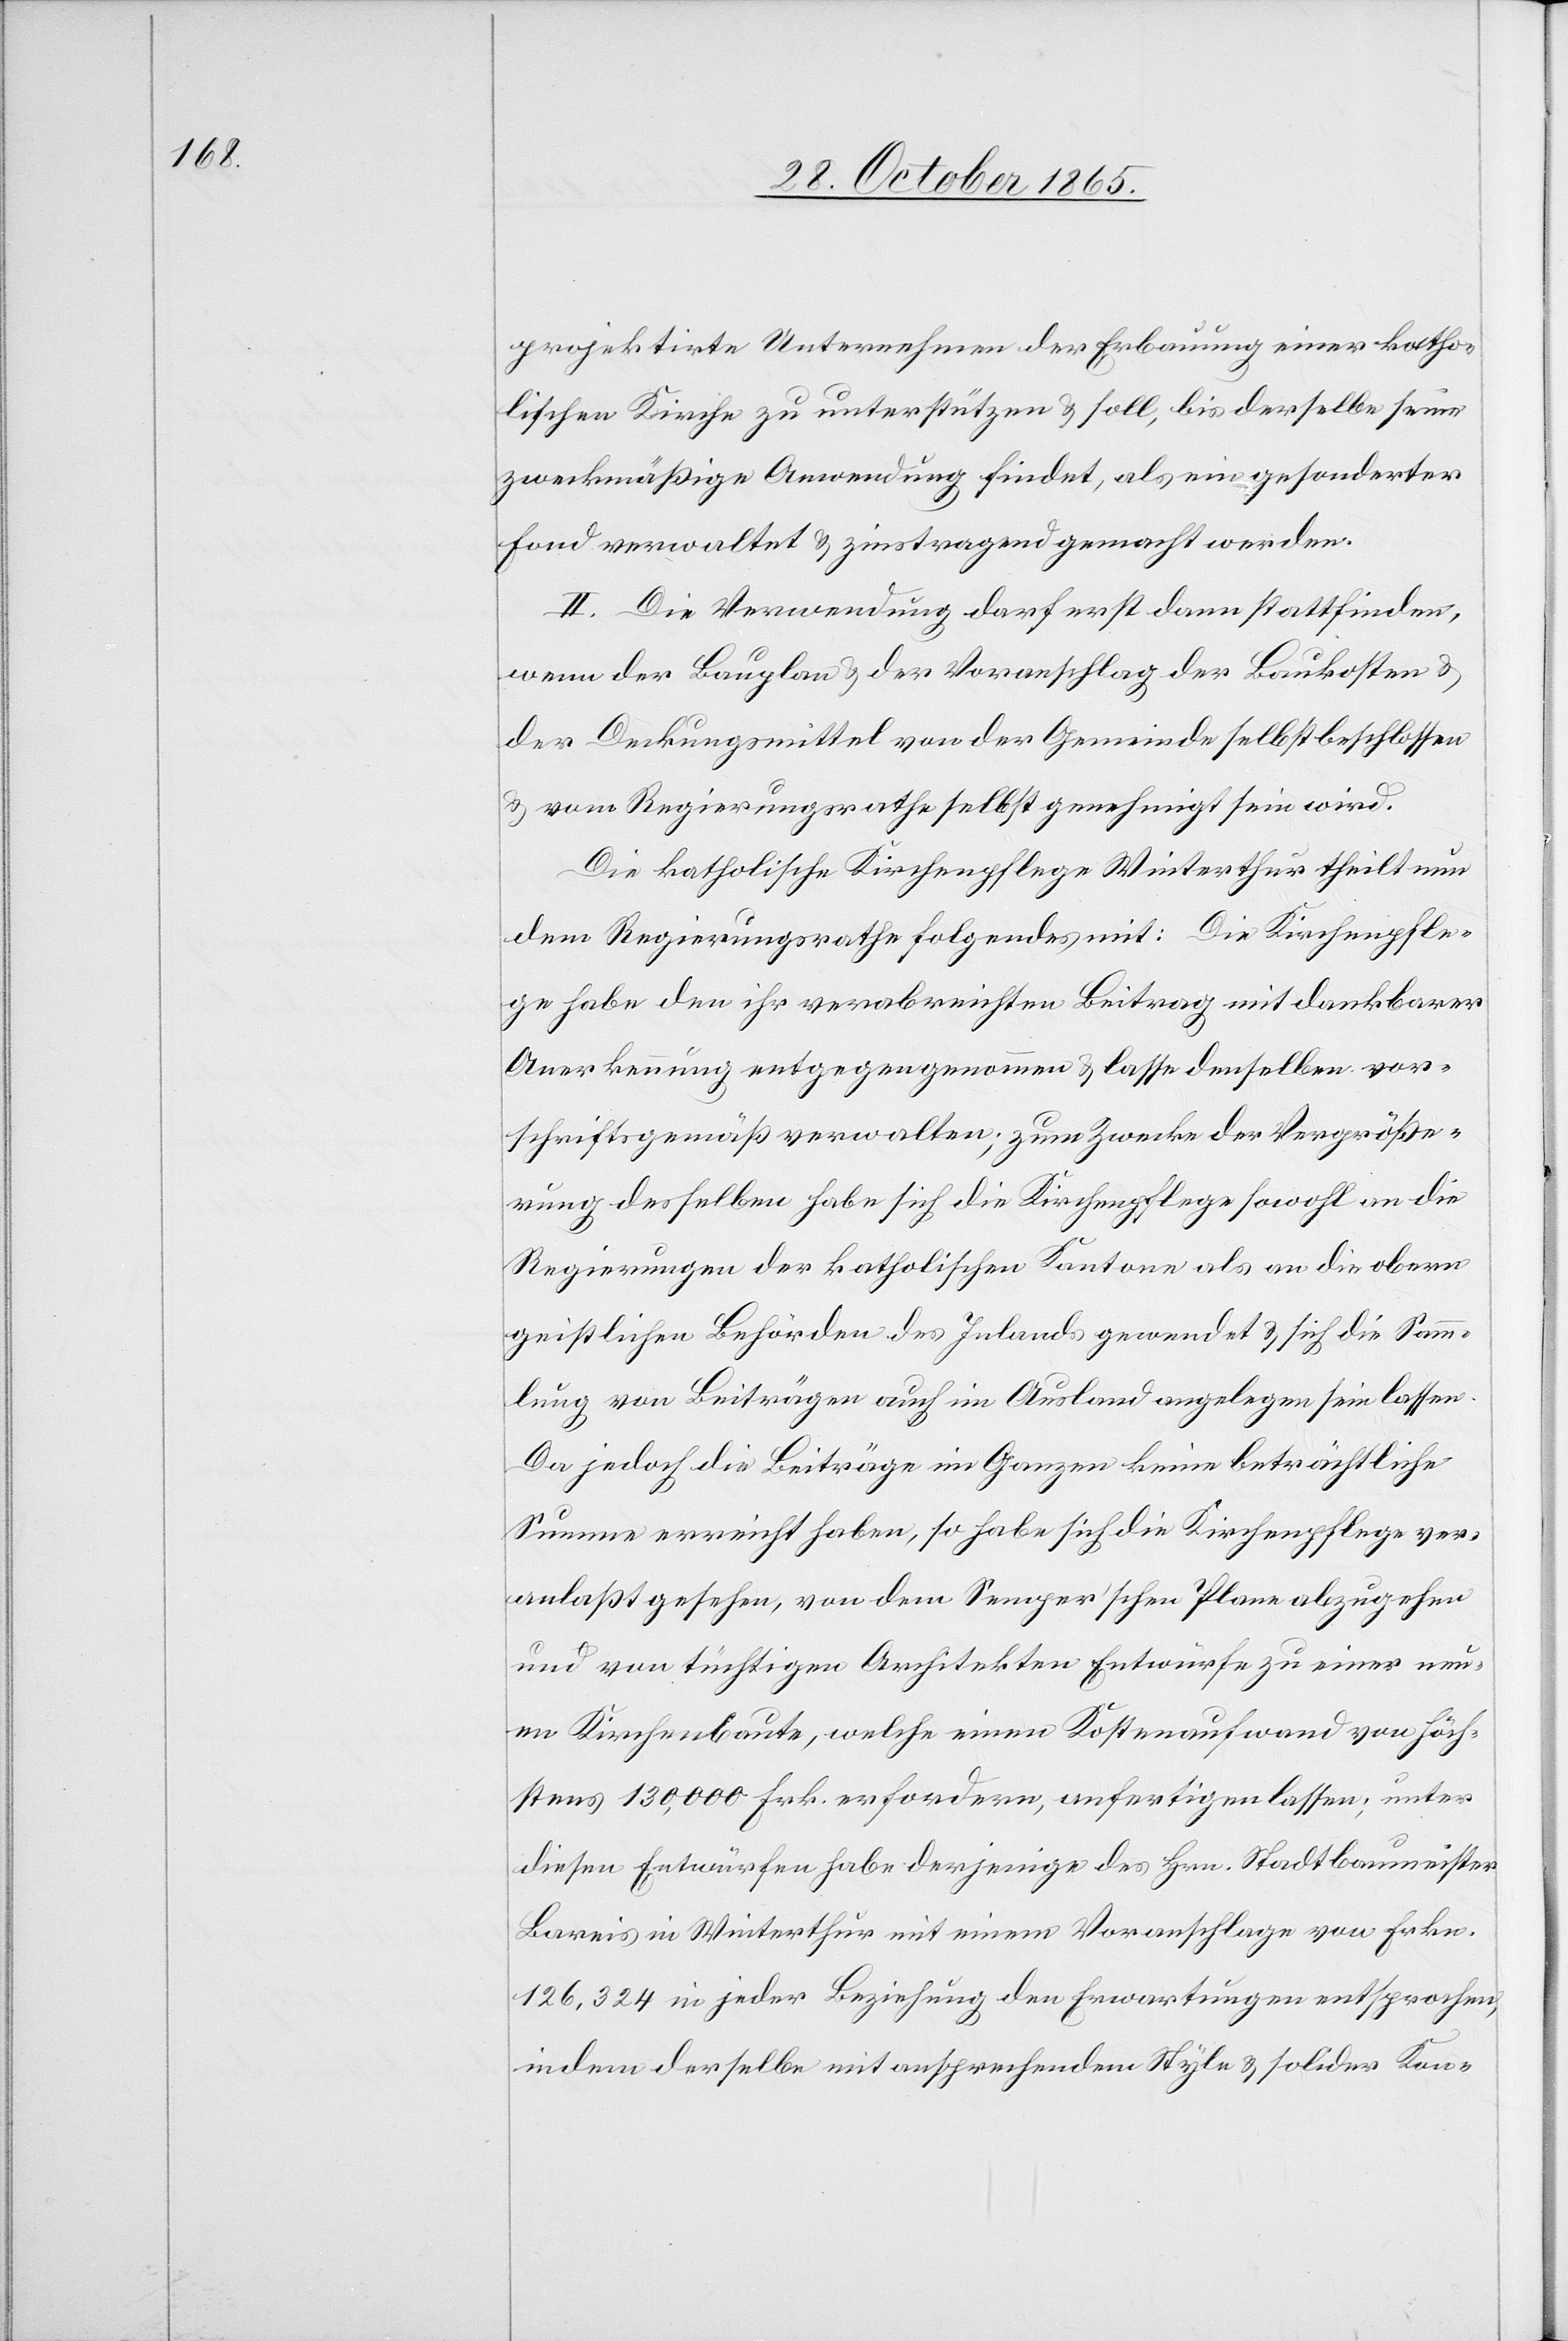
projektirte Unternehmen der Erbauung einer katho¬
lischen Kirche zu unterstützen & soll, bis derselbe seine
zweckmäßige Anwendung findet, als ein gesonderter
Fond verwaltet & zinstragend gemacht werden.
II. Die Verwendung darf erst dann stattfinden,
wenn der Bauplan & der Voranschlag der Baukosten &
der Deckungsmittel von der Gemeinde selbst beschlossen
& vom Regierungsrathe selbst genehmigt sein wird.
Die katholische Kirchenpflege Winterthur theilt nun
dem Regierungsrathe Folgendes mit: Die Kirchenpfle¬
ge habe den ihr verabreichten Beitrag mit dankbarer
Anerkennung entgegengenommen & lasse denselben vor¬
schriftsgemäß verwalten; zum Zwecke der Vergröße¬
rung desselben habe sich die Kirchenpflege sowohl an die
Regierungen der katholischen Kantone als an die obern
geistlichen Behörden des Inlands gewendet & sich die Samm¬
lung von Beiträgen auch im Ausland angelegen sein lassen.
Da jedoch die Beiträge im Ganzen keine beträchtliche
Summe erreicht haben, so habe sich die Kirchenpflege ver¬
anlaßt gesehen, von dem Semper’schen Plane abzugehen
und von tüchtigen Architekten Entwürfe zu einer neu¬
en Kirchenbaute, welche einen Kostenaufwand von höch¬
stens 130,000 Frk. erfordern, anfertigen lassen; unter
diesen Entwürfen habe derjenige des Hrn. Stadtbaumeister
Bareis in Winterthur mit einem Voranschlage von Frkn.
126,324 in jeder Beziehung den Erwartungen entsprochen,
indem derselbe mit ansprechendem Style & solider Kon-